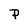
Character: P